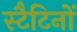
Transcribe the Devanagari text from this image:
स्टैटिनों